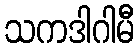
သကဒါဂါမီ